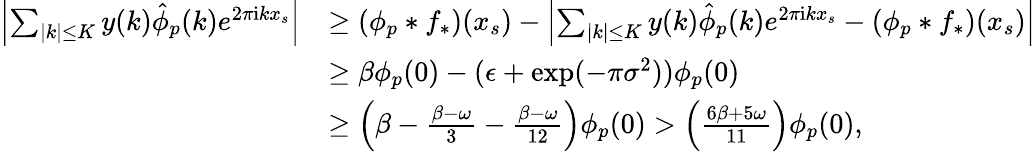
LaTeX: \begin{array}{rl}{\left|\sum_{|k|\le K}y(k)\hat{\phi}_{p}(k)e^{2\pi\mathrm{i}kx_{s}}\right|}&{\ge(\phi_{p}*f_{*})(x_{s})-\left|\sum_{|k|\le K}y(k)\hat{\phi}_{p}(k)e^{2\pi\mathrm{i}kx_{s}}-(\phi_{p}*f_{*})(x_{s})\right|}\\ &{\ge\beta\phi_{p}(0)-(\epsilon+\exp(-\pi\sigma^{2}))\phi_{p}(0)}\\ &{\ge\left(\beta-\frac{\beta-\omega}{3}-\frac{\beta-\omega}{12}\right)\phi_{p}(0)>\left(\frac{6\beta+5\omega}{11}\right)\phi_{p}(0),}\end{array}